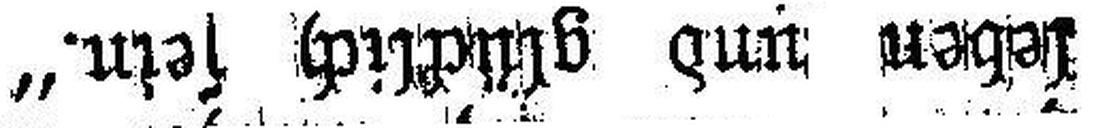
leben und glücklich sein.“